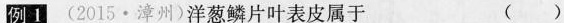
例1 (2015 · 漳州)洋葱鳞片叶表皮属于 ( )